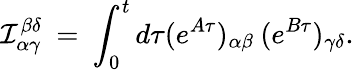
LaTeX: {\cal I}_{\alpha\gamma}^{\beta\delta}\: =\: \int_{0}^{t}d\tau(e^{A\tau})_{\alpha\beta}\: (e^{B\tau})_{\gamma\delta}.